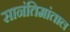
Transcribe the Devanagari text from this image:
सानंतिमांताल